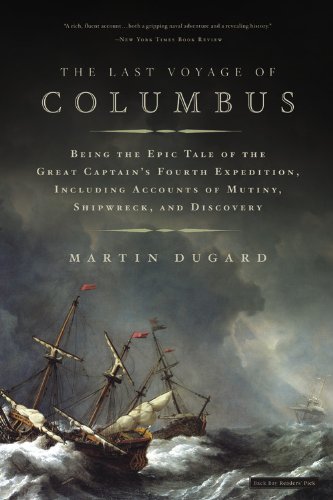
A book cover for The Last Voyage of Columbus: Being the Epic Tale of the Great Captain's Fourth Expedition, Including Accounts of Mutiny, Shipwreck, and Discovery; Martin Dugard; Biographies & Memoirs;